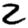
Digit: 2